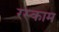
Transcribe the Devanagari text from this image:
रस्काम